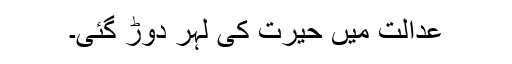
عدالت میں حیرت کی لہر دوڑ گئی۔